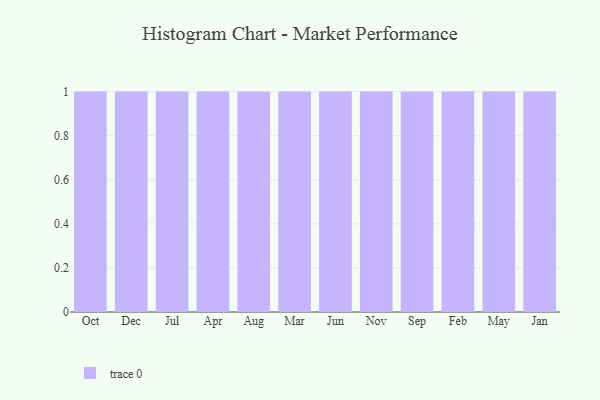
{"axis": {"x": "Month", "y": "Population (Million)"}, "legend": [""], "data": [{"x": "Oct", "y": 80, "type": ""}, {"x": "Dec", "y": 61, "type": ""}, {"x": "Jul", "y": 76, "type": ""}, {"x": "Apr", "y": 60, "type": ""}, {"x": "Aug", "y": 81, "type": ""}, {"x": "Mar", "y": 65, "type": ""}, {"x": "Jun", "y": 35, "type": ""}, {"x": "Nov", "y": 72, "type": ""}, {"x": "Sep", "y": 18, "type": ""}, {"x": "Feb", "y": 71, "type": ""}, {"x": "May", "y": 92, "type": ""}, {"x": "Jan", "y": 88, "type": ""}]}